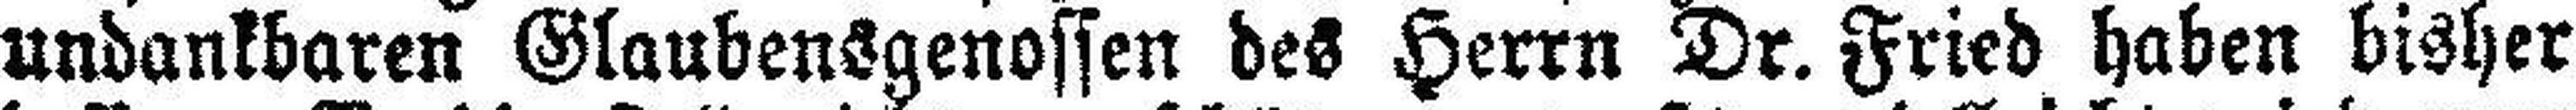
undankbaren Glaubensgenossen des Herrn Dr. Fried haben bisher